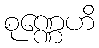
စုဏ္ဏေဟိ